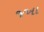
જખા